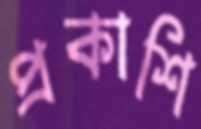
প্রকাশি